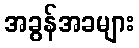
အခွန်အခများ